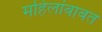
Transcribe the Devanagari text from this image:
महिलांबाबत